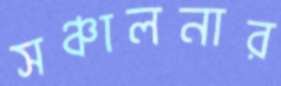
সঞ্চালনার